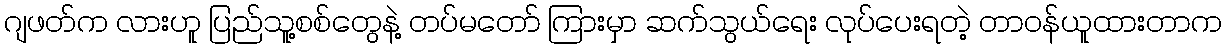
ဂျဖတ်က လားဟူ ပြည်သူ့စစ်တွေနဲ့ တပ်မတော် ကြားမှာ ဆက်သွယ်ရေး လုပ်ပေးရတဲ့ တာဝန်ယူထားတာက